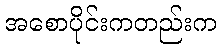
အစောပိုင်းကတည်းက